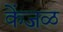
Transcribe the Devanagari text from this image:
केंजळ